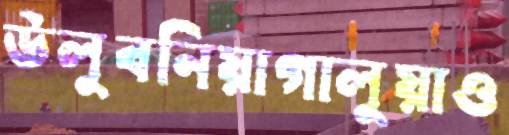
উলুবনিয়াগালুয়াও